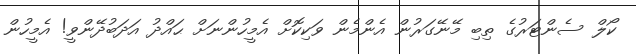
ކޯލް ސެންޓަރުގެ ތިބި މޭނޭގަރުން އެންމެން ވަކިކޮށް އެމީހުންނަށް ޙައްދު އަދަބުދޭންވީ! އެމީހުން